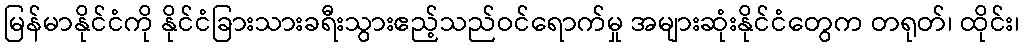
မြန်မာနိုင်ငံကို နိုင်ငံခြားသားခရီးသွားဧည့်သည်ဝင်ရောက်မှု အများဆုံးနိုင်ငံတွေက တရုတ်၊ ထိုင်း၊